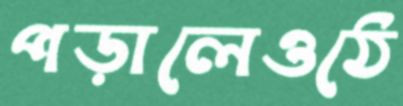
পড়ালেওঠে